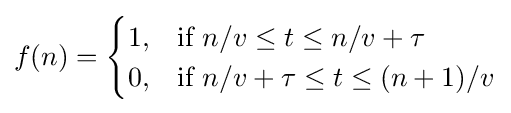
f(n)={\begin{cases}1,&{\text{if }}n/v\leq t\leq n/v+\tau \\0,&{\text{if }}n/v+\tau \leq t\leq (n+1)/v\end{cases}}